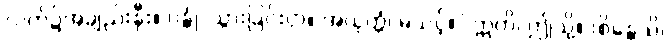
လက်၌အချည်းနှီး။ ဂန္တုံ၊ သွားခြင်းငှာ။ အယုတ္တံ၊ မသင့်။” ဣတိ၊ ဤသို့။ (စိန္တေသိ၊